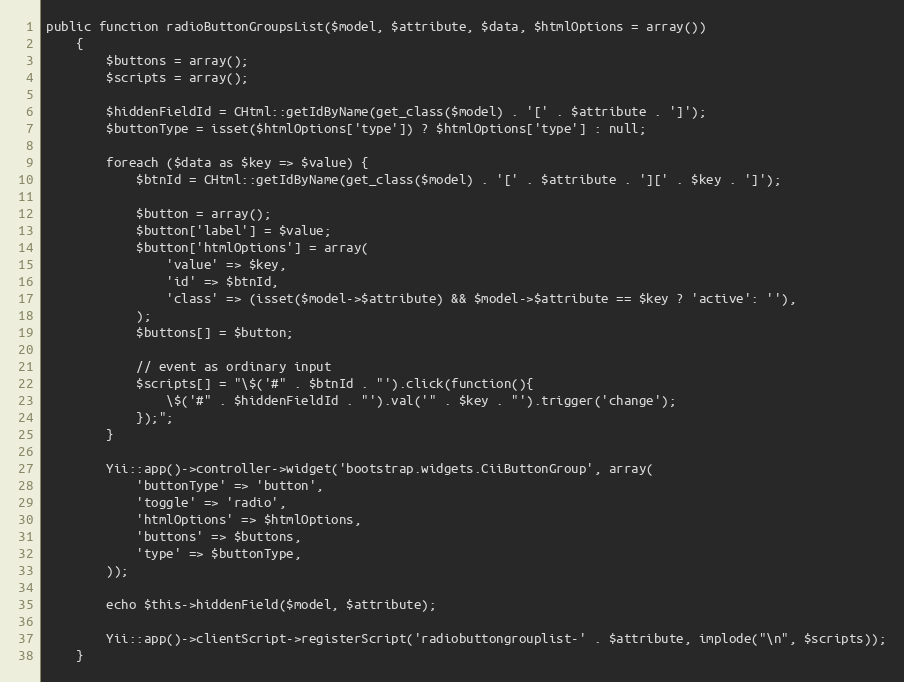
Language: PHP
public function radioButtonGroupsList($model, $attribute, $data, $htmlOptions = array())
	{
		$buttons = array();
		$scripts = array();

		$hiddenFieldId = CHtml::getIdByName(get_class($model) . '[' . $attribute . ']');
		$buttonType = isset($htmlOptions['type']) ? $htmlOptions['type'] : null;

		foreach ($data as $key => $value) {
			$btnId = CHtml::getIdByName(get_class($model) . '[' . $attribute . '][' . $key . ']');

			$button = array();
			$button['label'] = $value;
			$button['htmlOptions'] = array(
				'value' => $key,
				'id' => $btnId,
				'class' => (isset($model->$attribute) && $model->$attribute == $key ? 'active': ''),
			);
			$buttons[] = $button;

			// event as ordinary input
			$scripts[] = "\$('#" . $btnId . "').click(function(){
                \$('#" . $hiddenFieldId . "').val('" . $key . "').trigger('change');
            });";
		}

		Yii::app()->controller->widget('bootstrap.widgets.CiiButtonGroup', array(
			'buttonType' => 'button',
			'toggle' => 'radio',
			'htmlOptions' => $htmlOptions,
			'buttons' => $buttons,
			'type' => $buttonType,
		));

		echo $this->hiddenField($model, $attribute);

		Yii::app()->clientScript->registerScript('radiobuttongrouplist-' . $attribute, implode("\n", $scripts));
	}